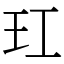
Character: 玒